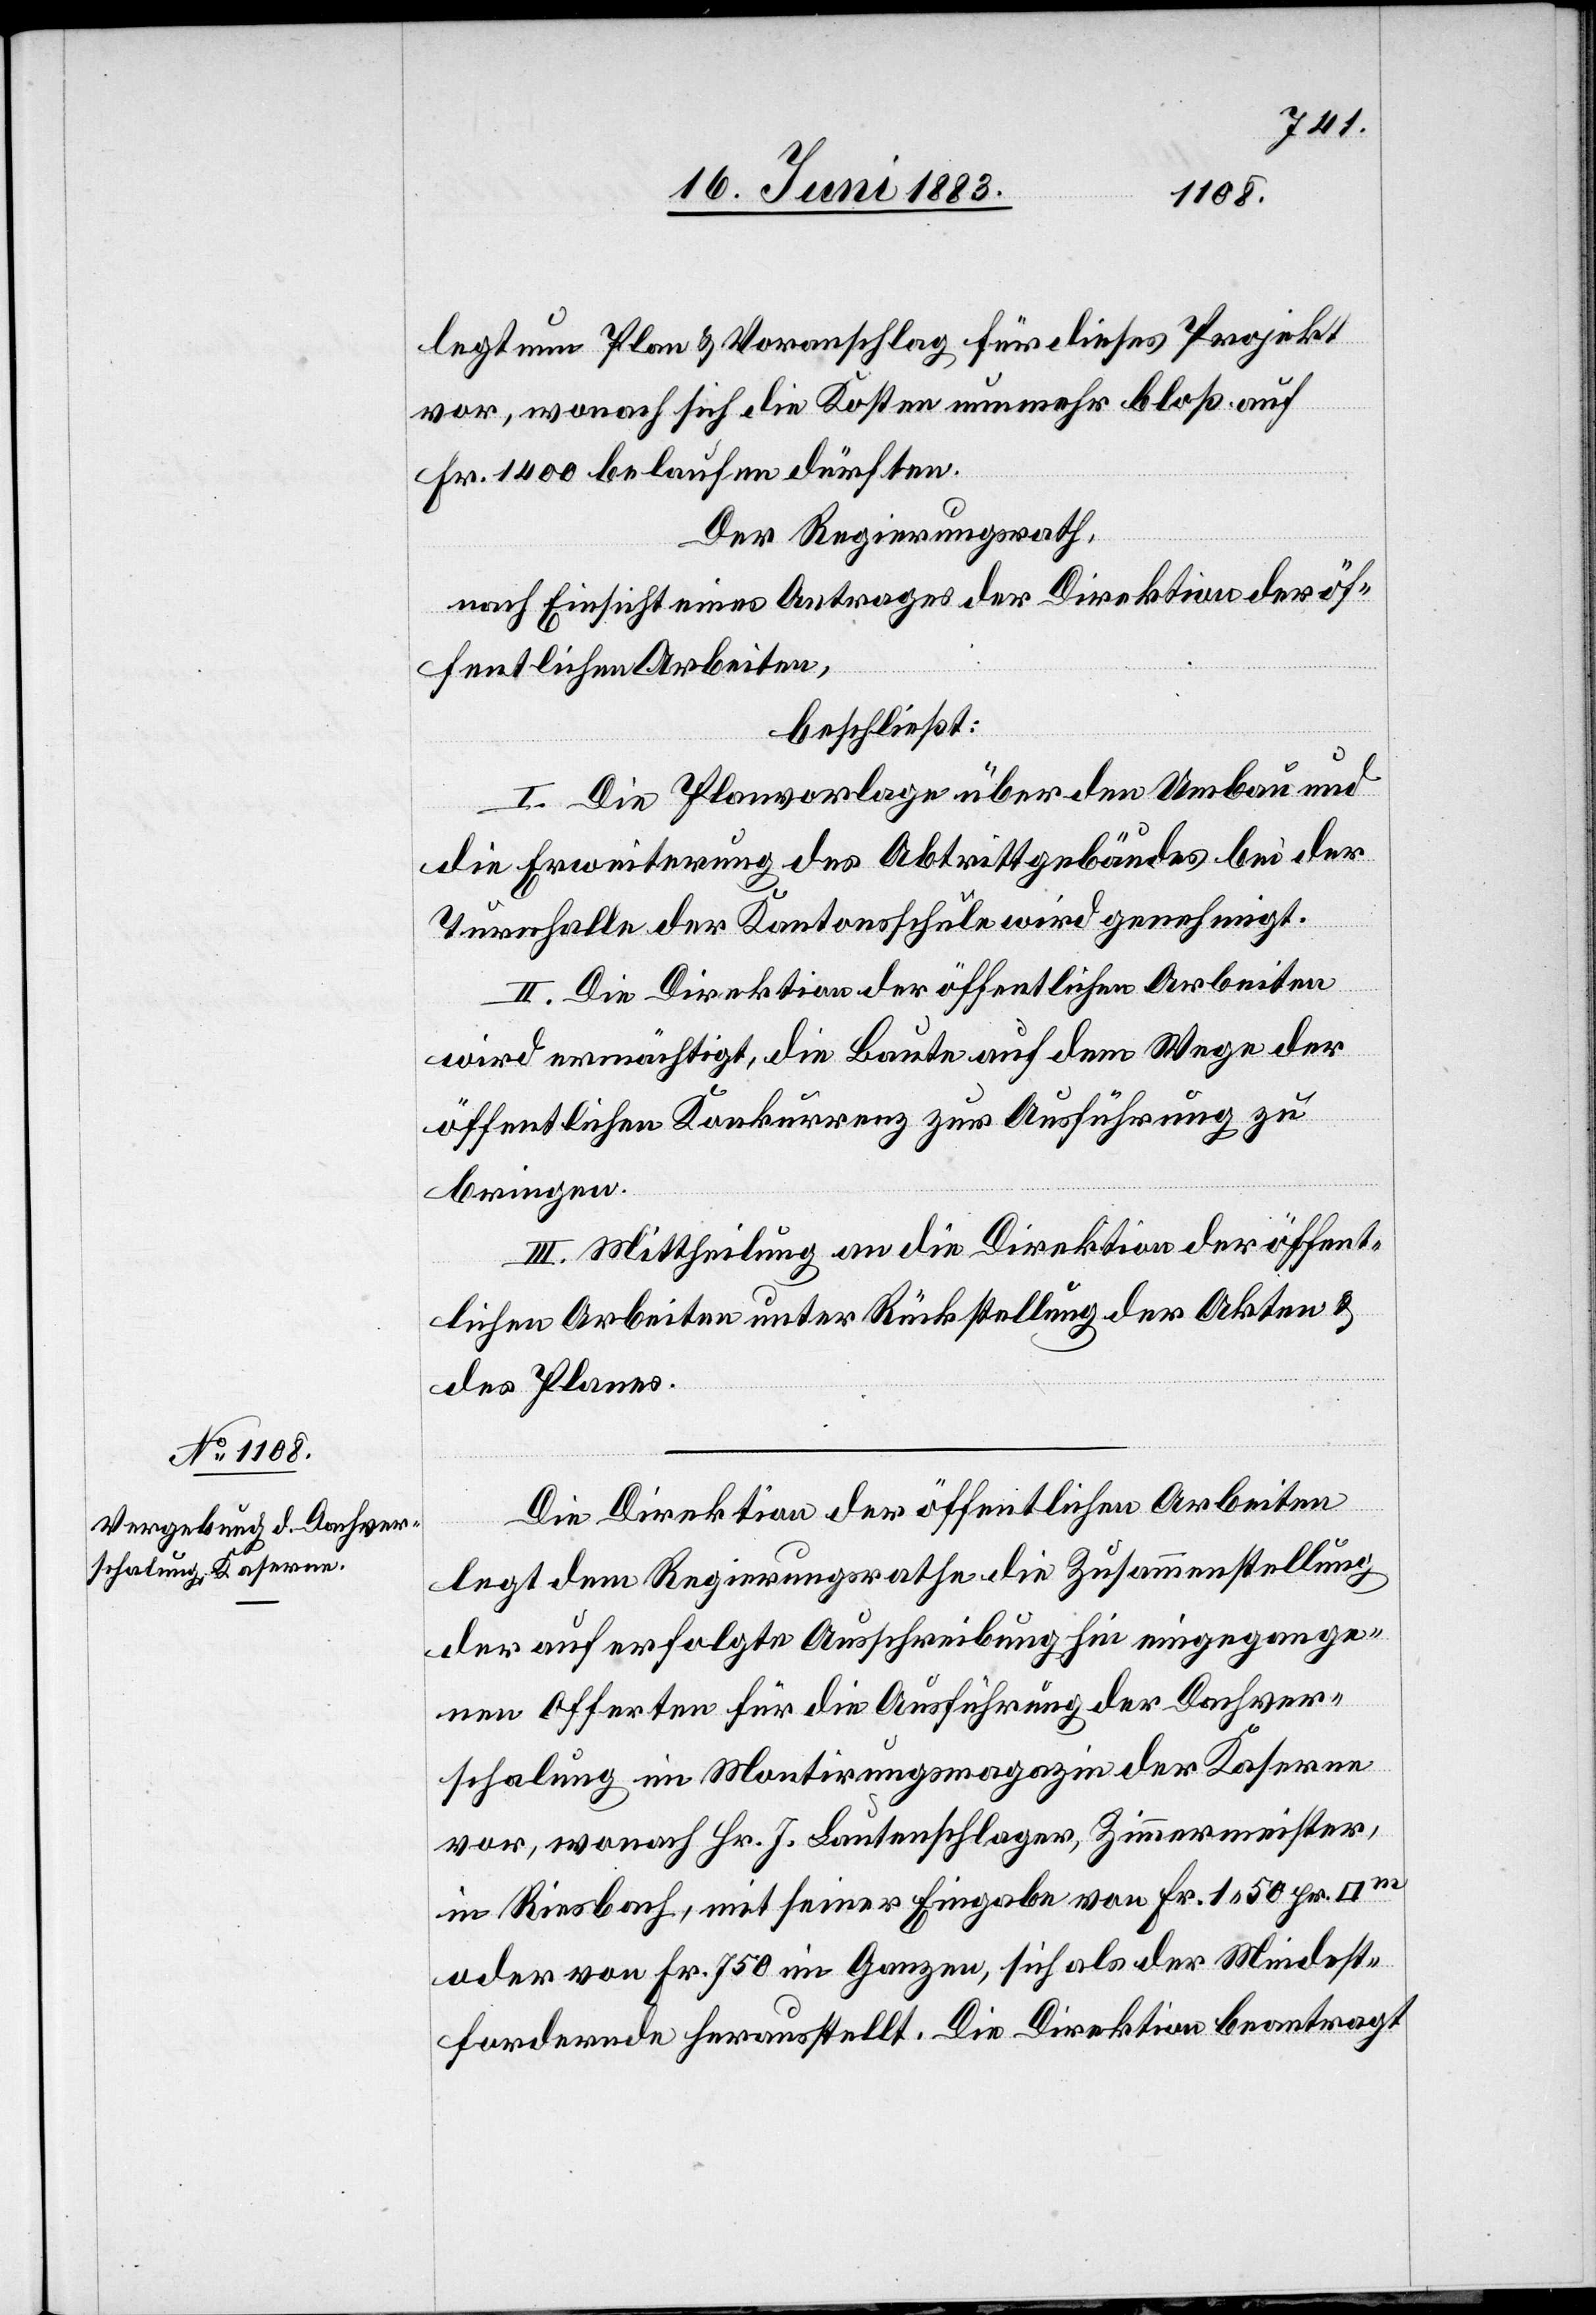
legte nun Plan & Voranschlag für dieses Projekt
vor, wonach sich die Kosten nunmehr bloß auf
Fr. 1400 belaufen dürften.
Der Regierungsrath,
nach Einsicht eines Antrages der Direktion der öf¬
fentlichen Arbeiten,
beschließt:
I. Die Planvorlage über den Umbau und
die Erweiterung des Abtrittgebäudes bei der
Turnhalle der Kantonsschule wird genehmigt.
II. Die Direktion der öffentlichen Arbeiten
wird ermächtigt, die Baute auf dem Wege der
öffentlichen Konkurrenz zur Ausführung zu
bringen.
III. Mittheilung an die Direktion der öffent¬
lichen Arbeiten unter Rückstellung der Akten &
des Planes.
Die Direktion der öffentlichen Arbeiten
legt dem Regierungsrathe die Zusammenstellung
der auf erfolgte Ausschreibung hin eingegange¬
nen Offerten für die Ausführung der Dachver¬
schalung im Montirungsmagazin der Kaserne
vor, wonach Hr. J. Lautenschlager, Zimmermeister,
in Riesbach, mit seiner Eingabe von Fr. 1 50 pr.
oder von Fr. 750 im Ganzen, sich als der Mindest¬
fordernde herausstellt. Die Direktion beantragt